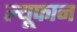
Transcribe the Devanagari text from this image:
ल्यूफान